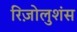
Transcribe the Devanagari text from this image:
रिज़ोलुशंस